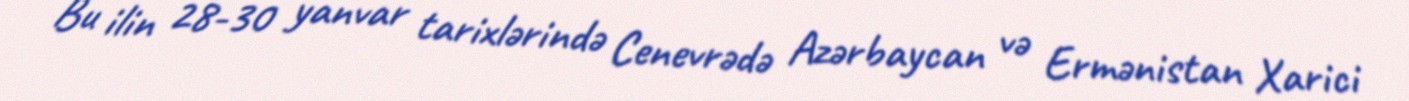
Bu ilin 28-30 yanvar tarixlərində Cenevrədə Azərbaycan və Ermənistan Xarici